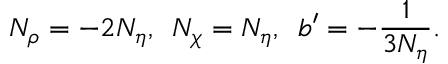
N _ { \rho } = - 2 N _ { \eta } , \, \, \, N _ { \chi } = N _ { \eta } , \, \, \, b ^ { \prime } = - \frac { 1 } { 3 N _ { \eta } } .